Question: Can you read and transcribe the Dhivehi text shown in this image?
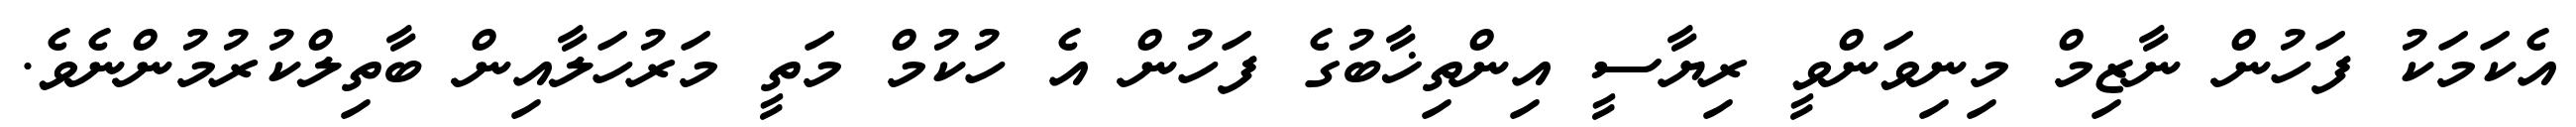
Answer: އެކަމަކު ފަހުން ނާޒިމް މިނިވަންވީ ރިޔާސީ އިންތިޚާބުގެ ފަހުން އެ ހުކުމް މަތީ މަރުހަލާއިން ބާތިލްކުރުމުންނެވެ.